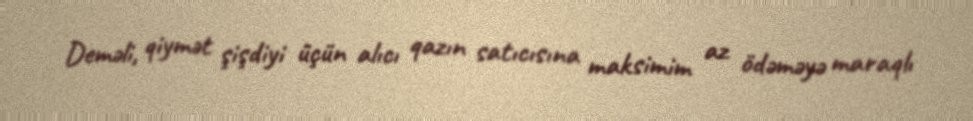
Deməli, qiymət şişdiyi üçün alıcı qazın satıcısına maksimim az ödəməyə maraqlı